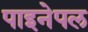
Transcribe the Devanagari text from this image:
पाइनेपल